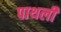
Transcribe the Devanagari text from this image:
पाथर्ली